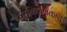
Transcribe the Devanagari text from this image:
उपनिवेशकारी